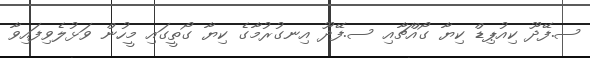
ސ.ފޭދޫ ކިއުޕިޑް ކިޔާ ގޯއްޗާއި ސ.ފޭދޫ އިނގުރުމާގެ ކިޔާ ގޯތީގައި މީހުން ވަޅުލެވިފައިވާ